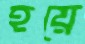
হয়ে